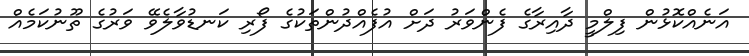
އަނެއްކޮޅުން ފިލްމީ ދާއިރާގެ ފެންވަރު ދަށް އުފެއްދުންތަކުގެ ފޯރި ކަނޑުވާލެވޭ ވަރުގެ ތޫނުކަމެއް